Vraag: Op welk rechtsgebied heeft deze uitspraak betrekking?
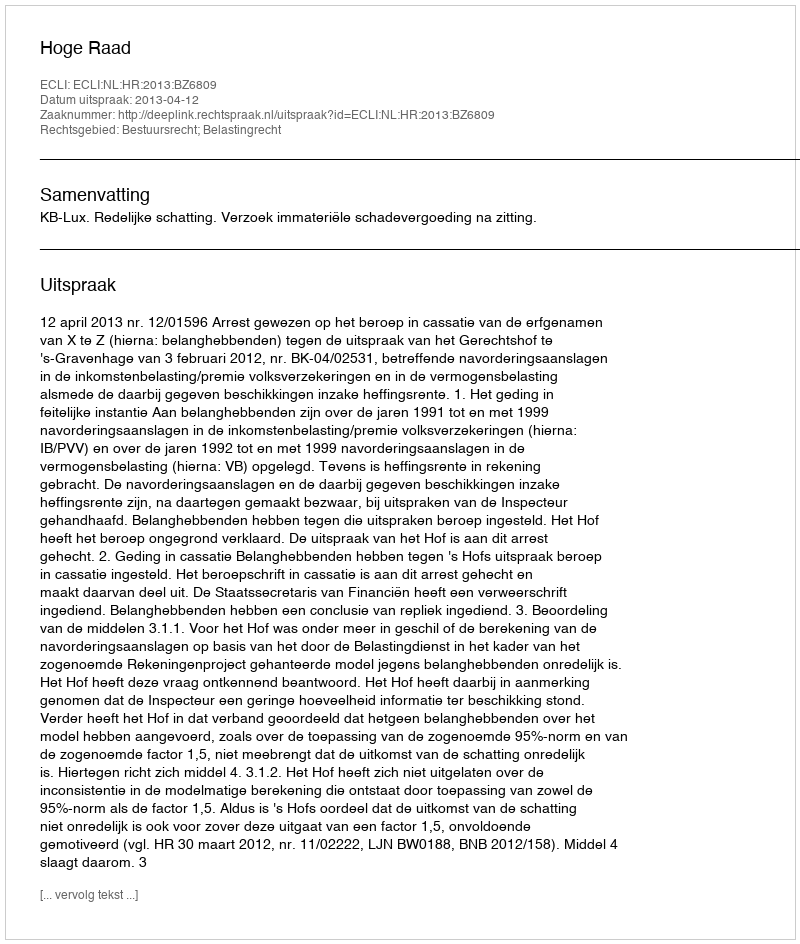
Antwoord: Bestuursrecht; Belastingrecht